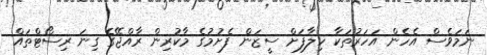
ނަމަވެސް އެހެން އަހަރުތަކާ ހިލާފަށް ސީޒަން ފެށުމުގެ މާކުރިން ރާއްޖޭގެ ގިނަ ރިސޯޓްތައް